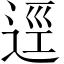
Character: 逕